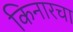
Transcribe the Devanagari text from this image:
किनारचा